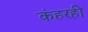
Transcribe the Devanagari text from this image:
कंहरही